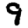
Digit: 9